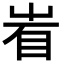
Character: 𥄾